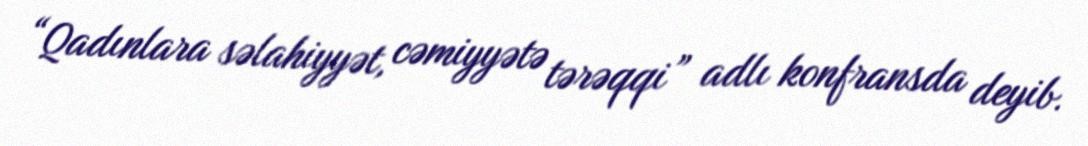
“Qadınlara səlahiyyət, cəmiyyətə tərəqqi” adlı konfransda deyib.